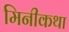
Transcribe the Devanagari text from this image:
मिनीकथा